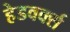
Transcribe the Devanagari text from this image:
हेडवर्क्स